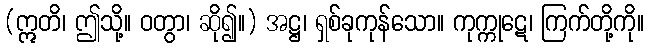
(ဣတိ၊ ဤသို့။ ဝတွာ၊ ဆို၍။) အဋ္ဌ၊ ရှစ်ခုကုန်သော။ ကုက္ကုဋေ၊ ကြက်တို့ကို။